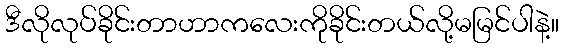
ဒီလိုလုပ်ခိုင်းတာဟာကလေးကိုခိုင်းတယ်လို့မမြင်ပါနဲ့။